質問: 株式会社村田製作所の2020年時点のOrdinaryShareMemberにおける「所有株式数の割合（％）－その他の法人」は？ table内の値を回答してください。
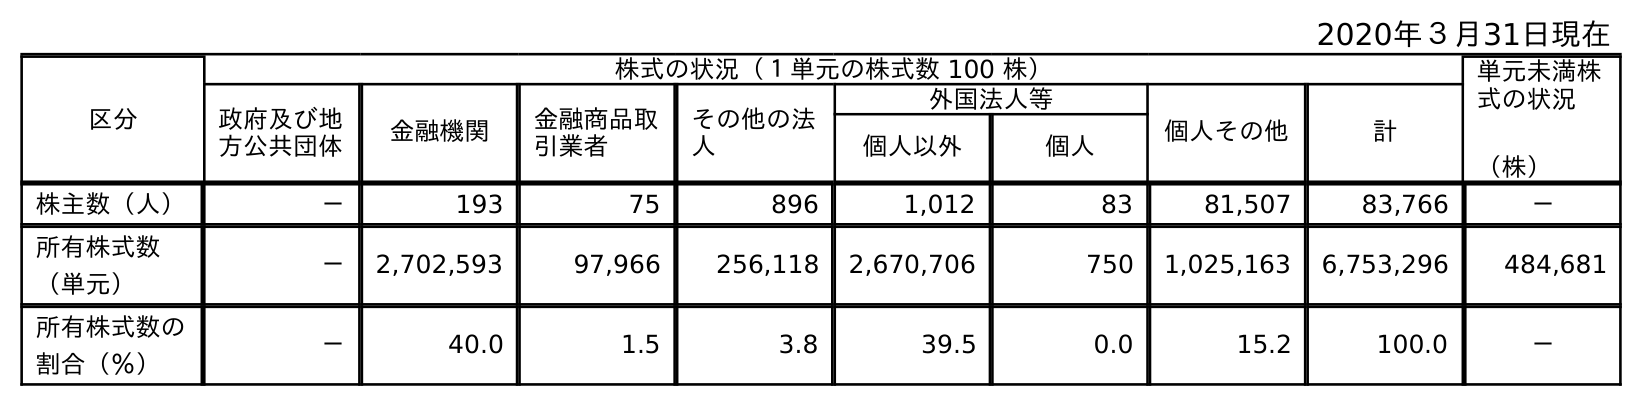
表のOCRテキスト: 2020年３月31日現在 区分 株式の状況（１単元の株式数 100 株） 単元未満株 式の状況 （株） 政府及び地 方公共団体 金融機関 金融商品取 引業者 その他の法 人 外国法人等 個人その他 計 個人以外 個人 株主数（人） － 193 75 896 1,012 83 81,507 83,766 － 所有株式数 （単元） － 2,702,593 97,966 256,118 2,670,706 750 1,025,163 6,753,296 484,681 所有株式数の 割合（％） － 40.0 1.5 3.8 39.5 0.0 15.2 100.0 －
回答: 3.8